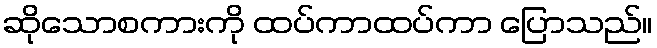
ဆိုသောစကားကို ထပ်ကာထပ်ကာ ပြောသည်။